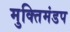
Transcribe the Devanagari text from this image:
मुक्तिमंडप